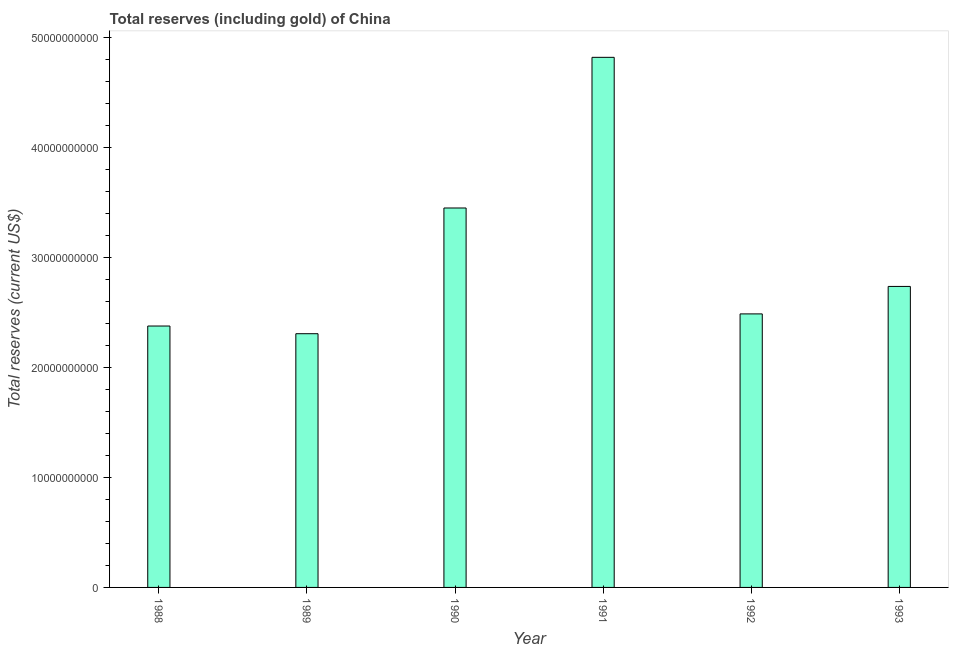
| Year | Total reserves (includes gold |
 | --- | --- |
 | 1988 | 2.38e+10 |
 | 1989 | 2.31e+10 |
 | 1990 | 3.45e+10 |
 | 1991 | 4.82e+10 |
 | 1992 | 2.49e+10 |
 | 1993 | 2.73e+10 |